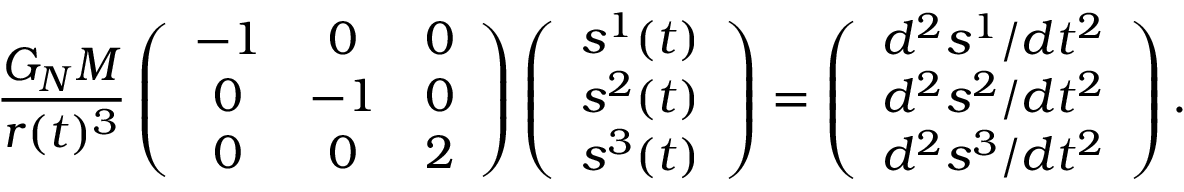
\frac { G _ { N } M } { r ( t ) ^ { 3 } } \left( \begin{array} { c c c } { - 1 } & { 0 } & { 0 } \\ { 0 } & { - 1 } & { 0 } \\ { 0 } & { 0 } & { 2 } \end{array} \right) \left( \begin{array} { c } { s ^ { 1 } ( t ) } \\ { s ^ { 2 } ( t ) } \\ { s ^ { 3 } ( t ) } \end{array} \right) = \left( \begin{array} { c } { d ^ { 2 } s ^ { 1 } / d t ^ { 2 } } \\ { d ^ { 2 } s ^ { 2 } / d t ^ { 2 } } \\ { d ^ { 2 } s ^ { 3 } / d t ^ { 2 } } \end{array} \right) .